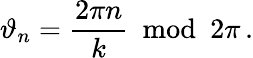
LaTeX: \vartheta_{n}=\frac{2\pi n}{k}\: \bmod\: 2\pi\, .